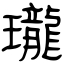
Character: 瓏